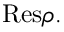
{ \mathrm { R e s } } \rho .